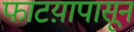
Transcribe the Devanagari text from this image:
फाटय़ापासून